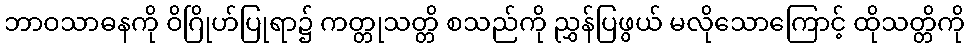
ဘာဝသာဓနကို ဝိဂြိုဟ်ပြုရာ၌ ကတ္တုသတ္တိ စသည်ကို ညွှန်ပြဖွယ် မလိုသောကြောင့် ထိုသတ္တိကို